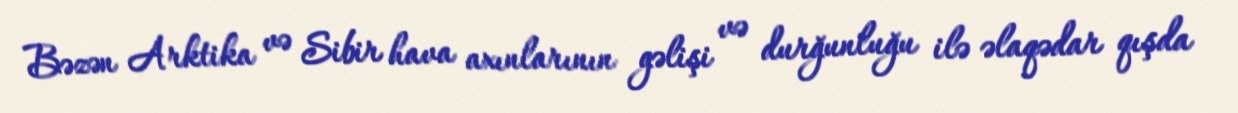
Bəzən Arktika və Sibir hava axınlarının gəlişi və durğunluğu ilə əlaqədar qışda